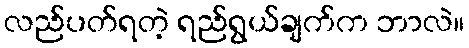
လည်ပတ်ရတဲ့ ရည်ရွယ်ချက်က ဘာလဲ။